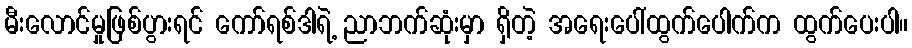
မီးလောင်မှုဖြစ်ပွားရင် ကော်ရစ်ဒါရဲ့ ညာဘက်ဆုံးမှာ ရှိတဲ့ အရေးပေါ်ထွက်ပေါက်က ထွက်ပေးပါ။